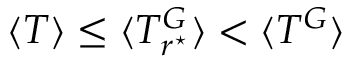
\langle T \rangle \leq \langle T _ { r ^ { \star } } ^ { G } \rangle < \langle T ^ { G } \rangle